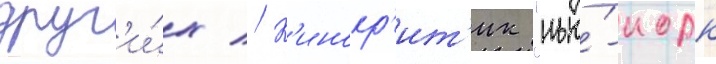
друг'и́х // К'инокр'ит'ик "нью́-иорк